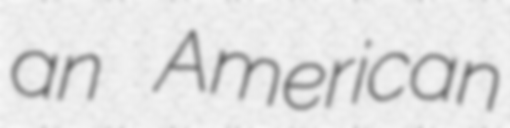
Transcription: an American